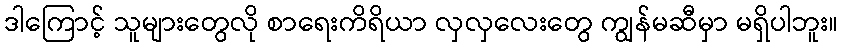
ဒါကြောင့် သူများတွေလို စာရေးကိရိယာ လှလှလေးတွေ ကျွန်မဆီမှာ မရှိပါဘူး။